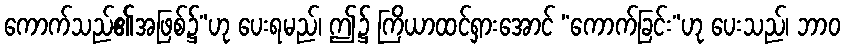
ကောက်သည်၏အဖြစ်၌”ဟု ပေးရမည်၊ ဤ၌ ကြိယာထင်ရှားအောင် “ကောက်ခြင်း”ဟု ပေးသည်၊ ဘာဝ